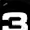
Digit: 3